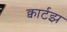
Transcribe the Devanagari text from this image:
क्वार्टझ